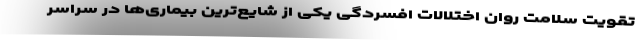
تقویت سلامت روان اختلالات افسردگی یکی از شایع‌ترین بیماری‌ها در سراسر